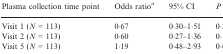
<table><thead><tr><td><b>Plasma collection time point</b></td><td><b>Odds ratioa</b></td><td><b>95% CI</b></td><td><b><i>P</i></b></td></tr></thead><tbody><tr><td>Visit 1 (<i>N</i> = 113)</td><td>0·67</td><td>0·30–1·51</td><td>0·29</td></tr><tr><td>Visit 2 (<i>N</i> = 113)</td><td>0·60</td><td>0·27–1·36</td><td>0·18</td></tr><tr><td>Visit 5 (<i>N</i> = 113)</td><td>1·19</td><td>0·48–2·93</td><td>0·67</td></tr></tbody></table>